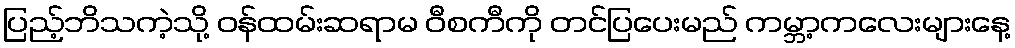
ပြည့်ဘိသကဲ့သို့ ဝန်ထမ်းဆရာမ ဝီစကီကို တင်ပြပေးမည် ကမ္ဘာ့ကလေးများနေ့